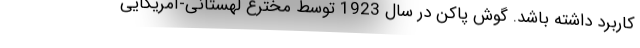
کاربرد داشته‌ باشد. گوش پاکن در سال 1923 توسط مخترع لهستانی-آمریکایی